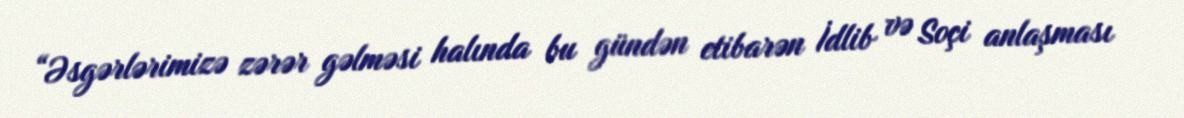
“Əsgərlərimizə zərər gəlməsi halında bu gündən etibarən İdlib və Soçi anlaşması